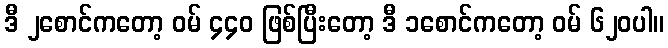
ဒီ ၂စောင်ကတော့ ဝမ် ၄၄၀ ဖြစ်ပြီးတော့ ဒီ ၁စောင်ကတော့ ဝမ် ၆၂၀ပါ။